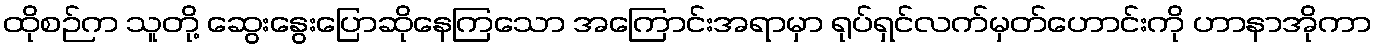
ထိုစဉ်က သူတို့ ဆွေးနွေးပြောဆိုနေကြသော အကြောင်းအရာမှာ ရုပ်ရှင်လက်မှတ်ဟောင်းကို ဟာနာအိုကာ